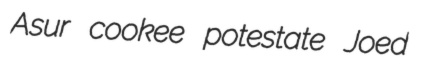
Asur cookee potestate Joed